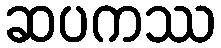
ဆပကဿ